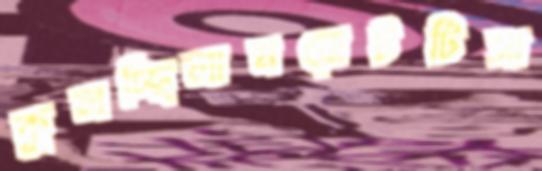
কুলচ্ছিলামবোটটিসা